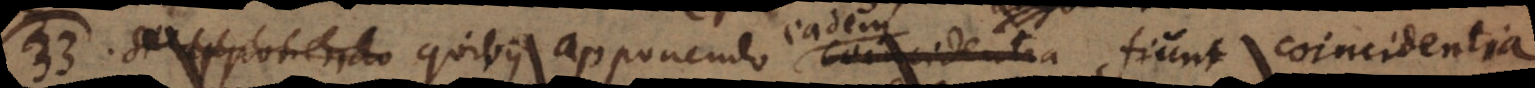
C. Seu quibus apponendo coincidentia fiunt coincidentia,